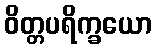
ဝိတ္တပရိက္ခယော